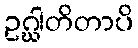
ဥဂ္ဃါတိတာပိ